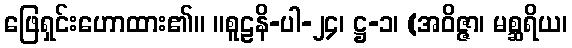
ဖြေရှင်းဟောထား၏။ ။စူဠနိ-ပါ-၂၄၊ ဋ္ဌ-၁၊ (အဝိဇ္ဇာ၊ မစ္ဆရိယ၊